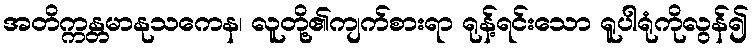
အတိက္ကန္တမာနုသကေန၊ လူတို့၏ကျက်စားရာ ရုန့်ရင်းသော ရူပါရုံကိုလွန်၍